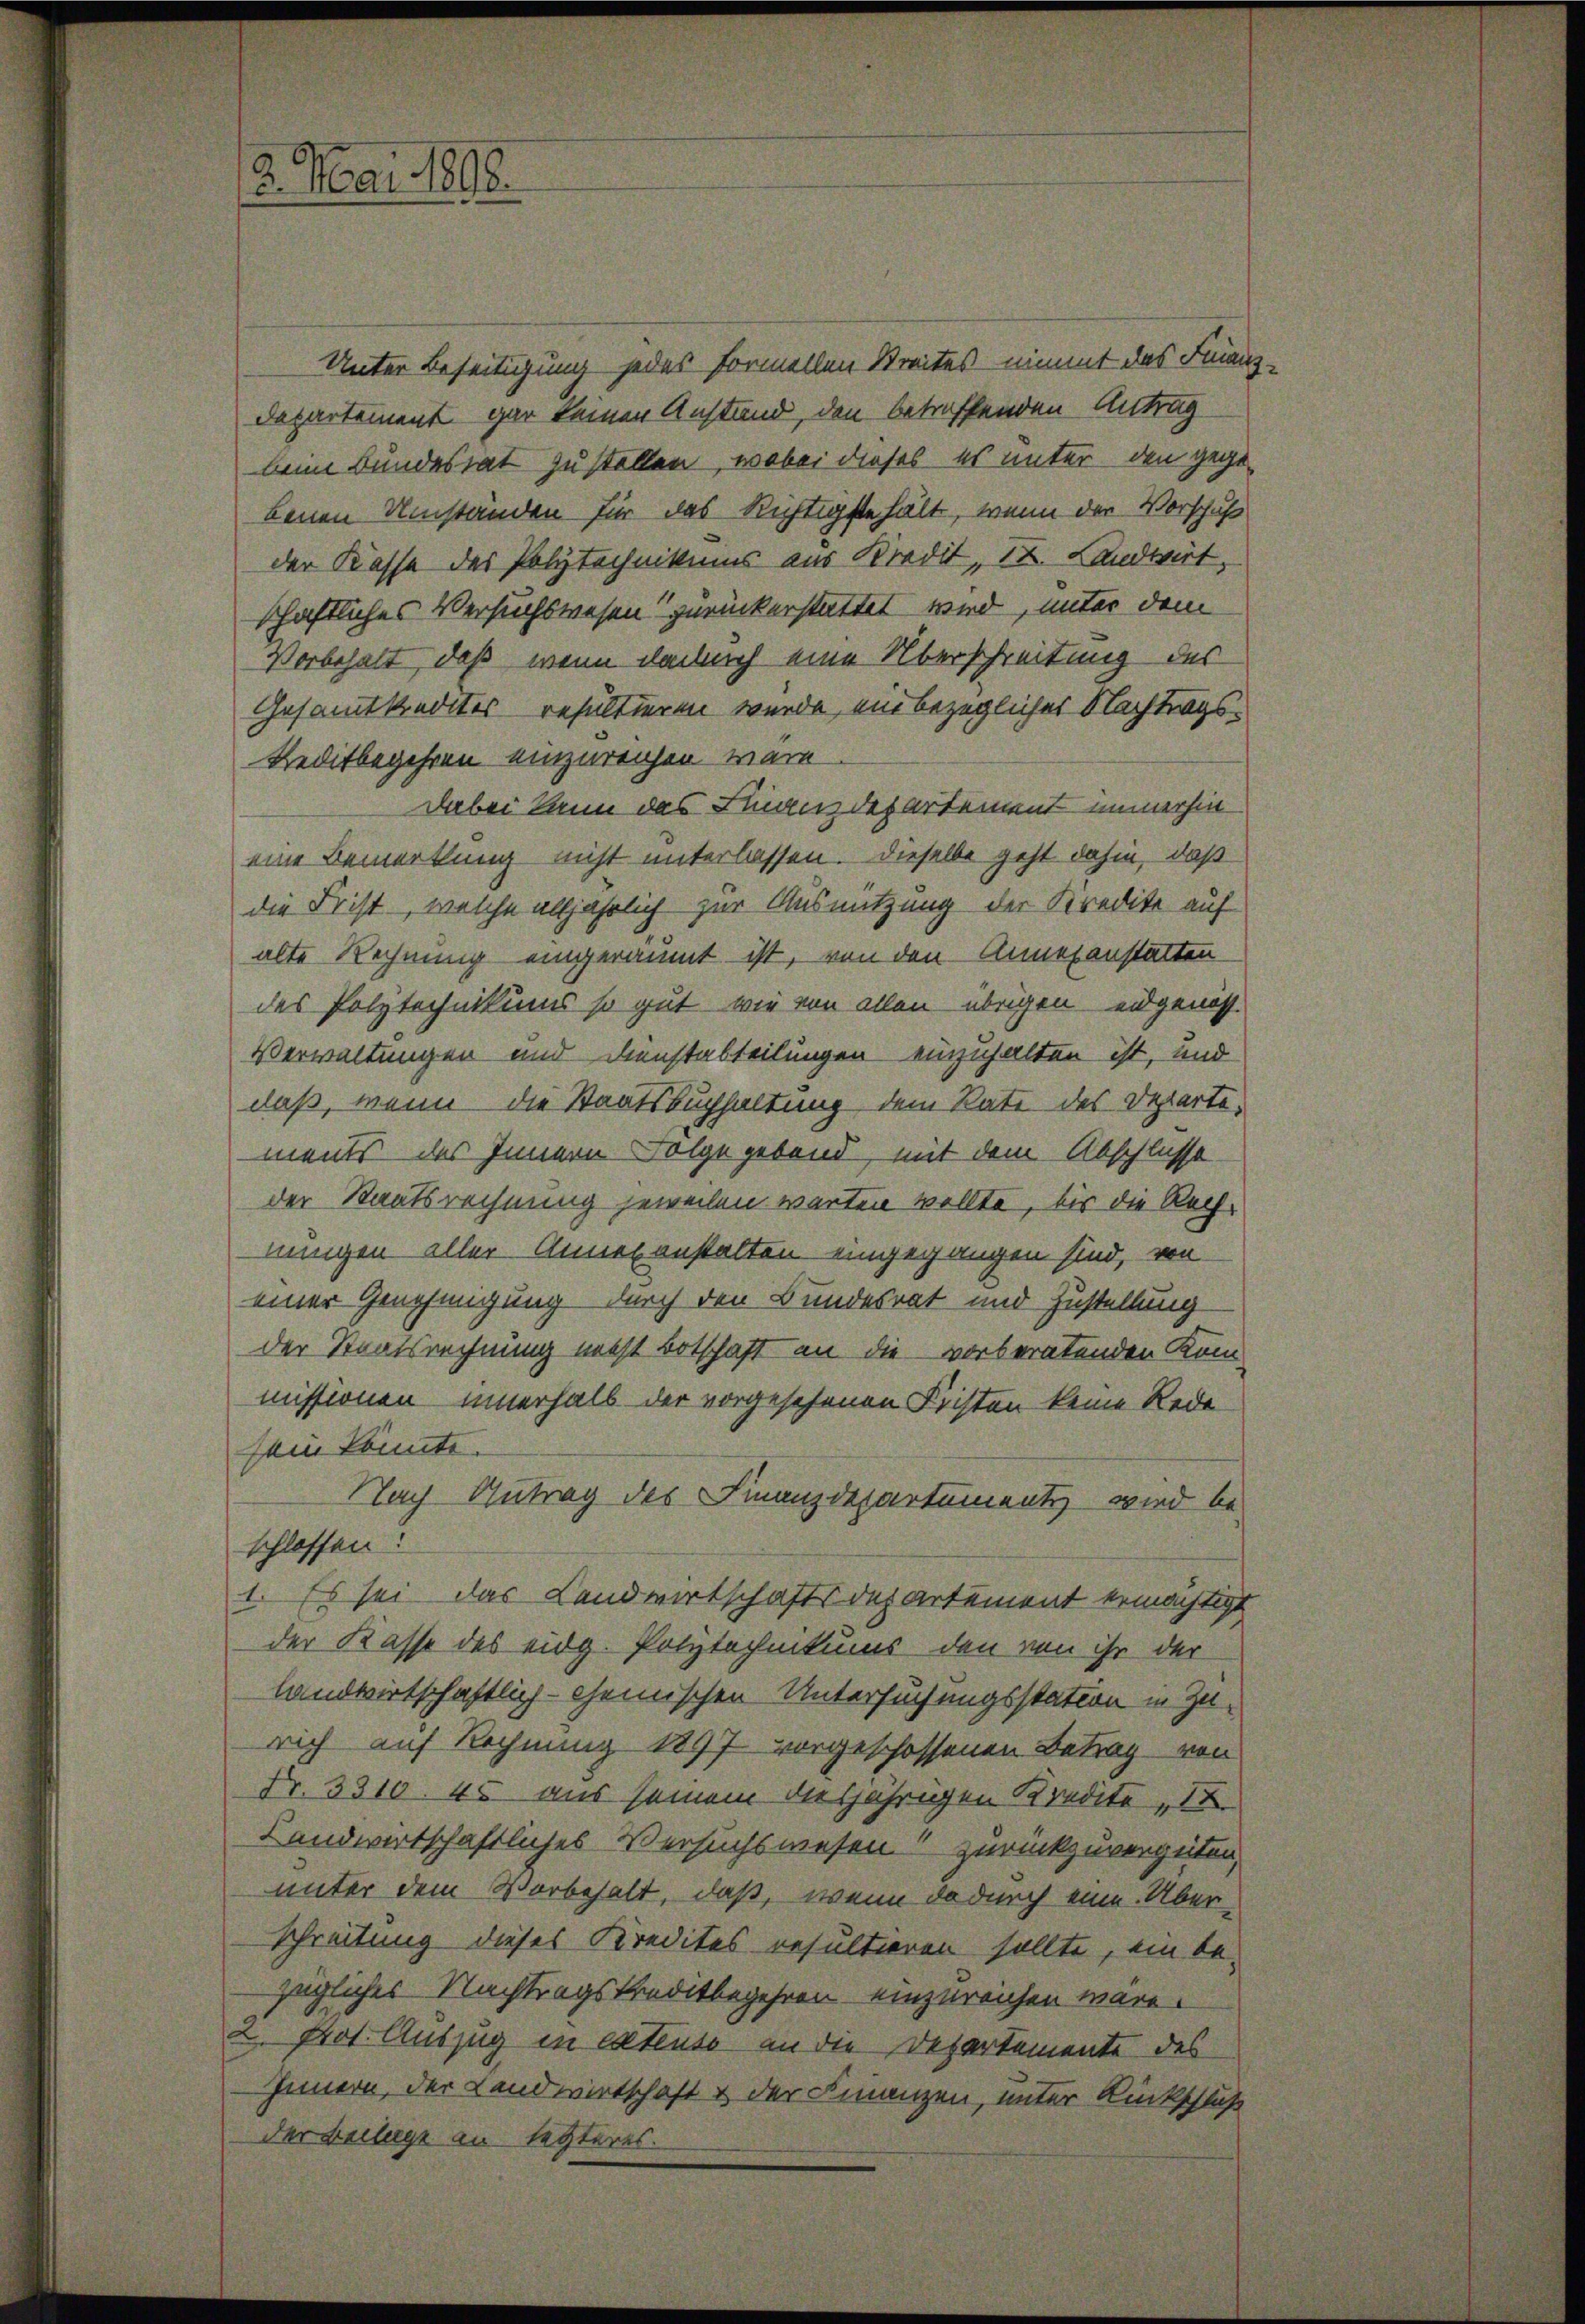
2. Mai 1898.

Unter Beseitigung jedes formellen Streites nimmt das Finanz¬
Departement gar keinen Anstand, den betreffenden Antrag
beim Bundesrat zu stellen, wobei dieses es unter den gegebenen Umständen für das Richtigste hält, wenn der Vorschuß
der Kasse des Polytechnikums aus Kredit 12. Landwirt,
schaftliches Versuchswesen zurückerstattet wird, unter dem
Vorbehalt, daß wenn danach eine Überschreitung des
Gesammtkredites resultieren wurde, ein bezüglicher Nachtrags¬
Reditbegehren einzureichen wäre.
Dabei kann das Finandesartement immerhin
eine Bemerkung nicht unterlassen. Dieselbe geht dahin, daß
die Frist, welche alljährlich zur Ausnutzung der Kredite auf
alte Rechnung eingeräumt ist, von den Annehanstalten
des Polytechnikums so gut, wie von allen übrigen eidgenöss
Verwaltungen und Dienstabteilungen einzuhalten ist, und
daß, wenn die Staatsbuchhaltung dem Rate des Departements des Innern Folge gebend, mit dem Abschlusse
der Staatsrechnung jeweilen warten wollte, bis die Rechnungen aller Anneranstalten eingegangen sind, von
einer Genehmigung durch den Bundesrat und Zustellung
der Staatsrechnung nicht Botschaft an die vorberatenden Kom-
missionen innerhalb der vorgesehenen Fristen keine Rede
sein könnte.
Nach Antrag des Finanzdepartement wird be-
schlossen?
1. Es sei das Landwirtschaftsdepartement ermächtigt
der Kasse des eidg. Polytechnikums, den von ihr der
landwirtschaftlich-chemischen Untersuchungsstation in Zurich auf Rechnung 1897 vorgeschossenen Betrag von
Nr. 3310. 45 aus seinem diesjährigen Kredite 12.
Landwirtschaftliches Versuchswesen zurückzuvergeben,
unter dem Vorbehalt, daß, wenn dadurch eine Über-
Schreitung dieses Kredites resultieren sollte, ein be-
zügliches Nachtragskreditbegehren einzureichen wäre.
2. Prot. Auszug in extenso an die Departemente des
Innern, der Landwirtschaft & der Finanzen, unter Rückschluß
der Beilage an letzteres.